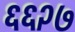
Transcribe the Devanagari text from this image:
६६२७